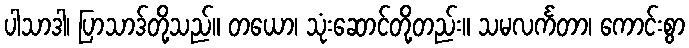
ပါသာဒါ၊ ပြာသာဒ်တို့သည်။ တယော၊ သုံးဆောင်တို့တည်း။ သမလင်္ကတာ၊ ကောင်းစွာ